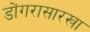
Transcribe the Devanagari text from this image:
डोंगरासारखा